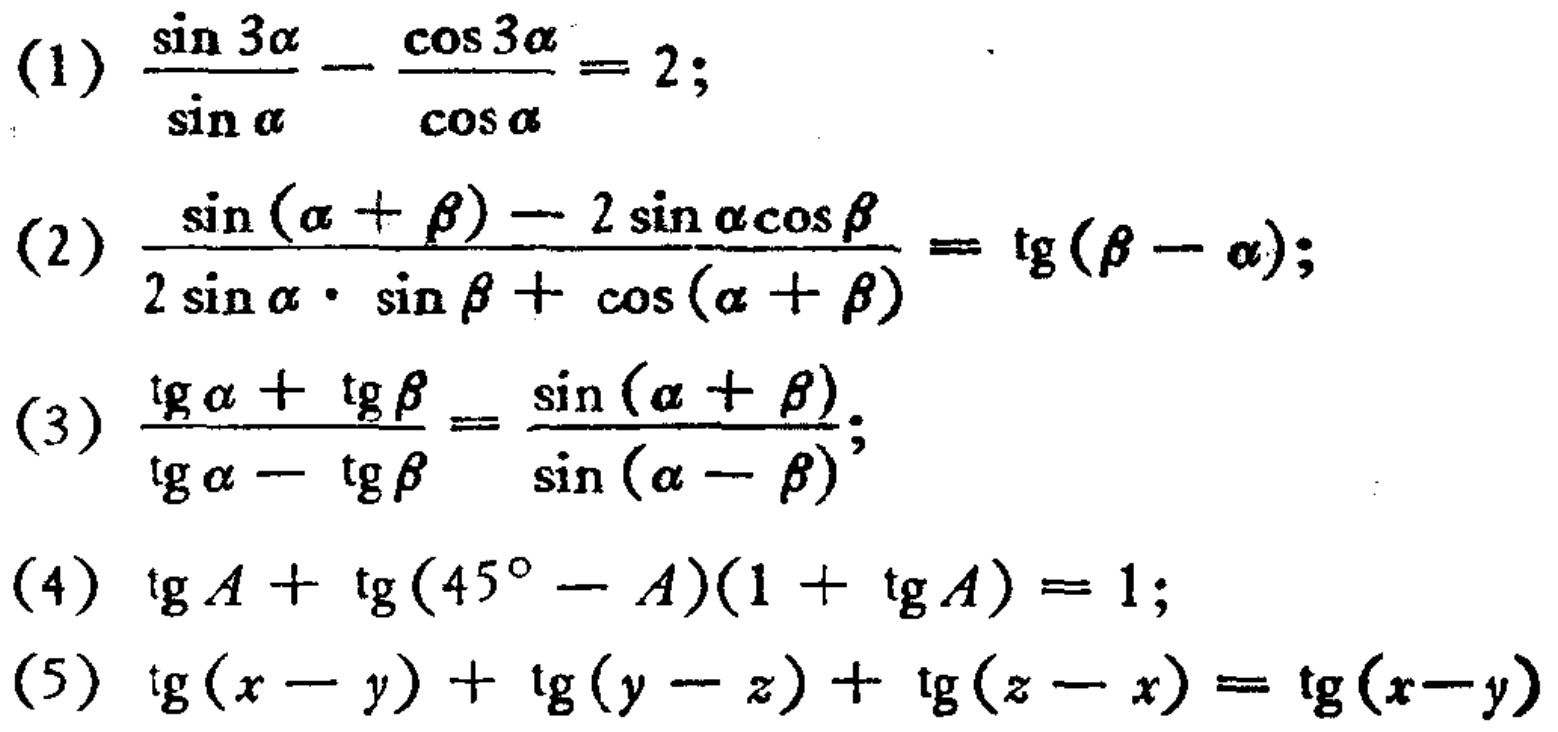
(1) \(\frac{\sin 3\alpha}{\sin \alpha}-\frac{\cos 3\alpha}{\cos \alpha}=2\);

(2) \(\frac{\sin (\alpha+\beta)-2\sin \alpha\cos \beta}{2\sin \alpha\cdot\sin \beta+\cos (\alpha + \beta)}=\tan(\beta - \alpha)\);

(3) \(\frac{\tan\alpha+\tan\beta}{\tan\alpha-\tan\beta}=\frac{\sin (\alpha + \beta)}{\sin (\alpha - \beta)}\);

(4) \(\tan A+\tan(45^{\circ}-A)(1 + \tan A)=1\);

(5) \(\tan(x - y)+\tan(y - z)+\tan(z - x)=\tan(x - y)\)